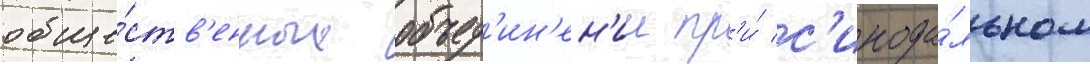
обще́ств'енных объед'ин'ен'ии пр'и́ с'инода́льном